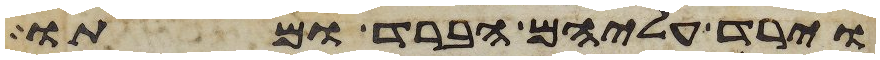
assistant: וירד עליהם הברד ומתו